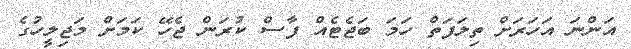
އަންނަ އަހަރަށް ތިލަފަތް ހަމަ ބަޖެޓެއް ފާސް ކުރަން ޖެހޭ ކަމަށް މަޖިލީހުގެ